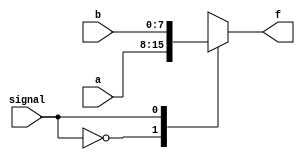
`timescale 1ns / 1ps
//////////////////////////////////////////////////////////////////////////////////
//   SUBMISSION 
//////////////////////////////////////////////////////////////////////////////////


module MUX2to1(a, b, signal, f);
    input [7:0] a, b;
    input signal;
    output reg [7:0] f;
    
    always @(*)
        begin
            case(signal)
                1'b0: f = a; //Bit 0 choose A
                1'b1: f = b; //Bit 1 choose B
            endcase
        end
endmodule